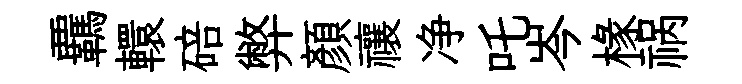
覊轘碚弊顏禳净吒岑椽祸